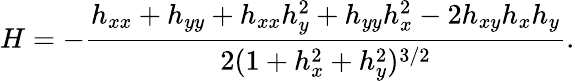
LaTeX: H=-\frac{h_{xx}+h_{yy}+h_{xx}h_{y}^{2}+h_{yy}h_{x}^{2}-2h_{xy}h_{x}h_{y}}{2(1+h_{x}^{2}+h_{y}^{2})^{3/2}}.